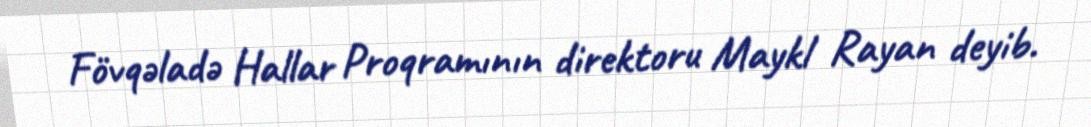
Fövqəladə Hallar Proqramının direktoru Maykl Rayan deyib.